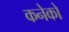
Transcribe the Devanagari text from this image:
कनेको